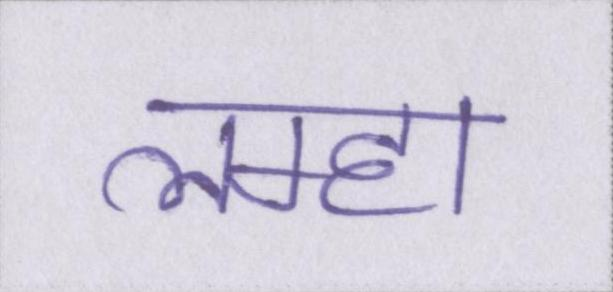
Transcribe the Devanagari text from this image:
लम्हा